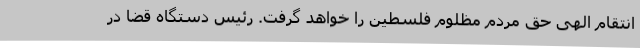
انتقام الهی حق مردم مظلوم فلسطین را خواهد گرفت. رئیس دستگاه قضا در